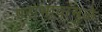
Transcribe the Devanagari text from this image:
पराभावांमुळे